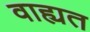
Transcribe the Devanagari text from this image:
वाह्यत